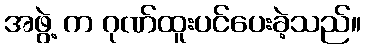
အဖွဲ့ က ဂုဏ်ထူးပင်ပေးခဲ့သည်။